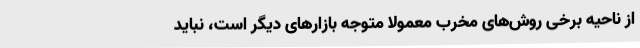
از ناحیه برخی روش‌های مخرب معمولاً متوجه بازارهای دیگر است، نباید